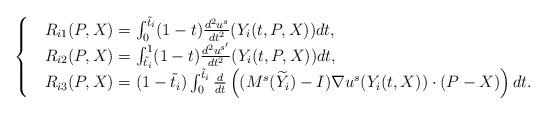
LaTeX: \begin{align*}\begin{cases}&R_{i1}(P,X)=\int_{0}^{\tilde{t}_i}(1-t)\frac{d^2u^s}{dt^2}(Y_i(t,P,X))dt, \\&R_{i2}(P,X)=\int_{\tilde{t}_i}^{1}(1-t)\frac{d^2u^{s'}}{dt^2}(Y_i(t,P,X))dt,\\&R_{i3}(P,X)=(1-\tilde{t}_i)\int_{0}^{\tilde{t}_i}\frac{d}{dt} \left( (M^s(\widetilde{Y}_i)-I)\nabla u^s(Y_i(t,X))\cdot (P-X) \right)dt.\end{cases}\end{align*}